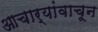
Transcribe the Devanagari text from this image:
आचार्यांवाचून